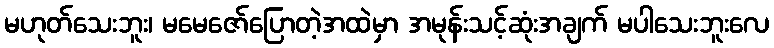
မဟုတ်သေးဘူး၊ မမေဇော်ပြောတဲ့အထဲမှာ အမုန်းသင့်ဆုံးအချက် မပါသေးဘူးလေ